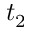
t _ { 2 }